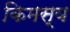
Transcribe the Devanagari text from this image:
किमस्य